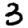
Digit: 3